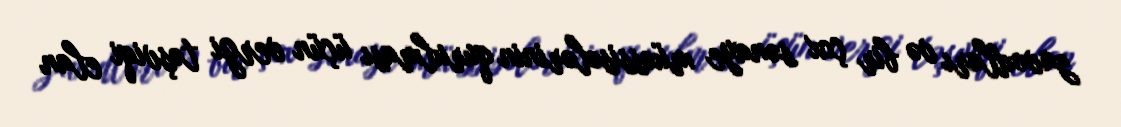
zavodları və bir çox sənaye müəssisələrinin qurulması üçün vergi təşviqi elan